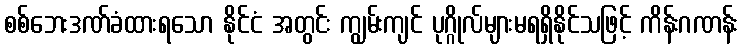
စစ်ဘေးဒဏ်ခံထားရသော နိုင်ငံ အတွင်း ကျွမ်းကျင် ပုဂ္ဂိုလ်များမရရှိနိုင်သဖြင့် ကိန်းဂဏန်း